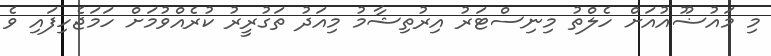
މި މައުޟޫއުއަށް ހެލްތު މިނިސްޓަރު އިރުތިޝާމު މިއަދު ތަގުރީރު ކުރެއްވުމަށް ހަމަޖެހިފައި ވެ